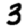
Digit: 3